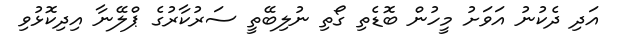
އަދި ދެކުނު އަވަށު މީހުން ބޮޑެތި ގޯތި ނުލިބޭތީ ސަރުކާރުގެ ޕްލޭނާ އިދިކޮޅުވި